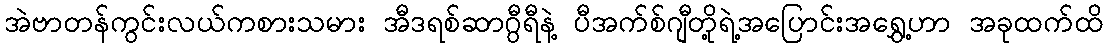
အဲဗာတန်ကွင်းလယ်ကစားသမား အီဒရစ်ဆာဂွီရီနဲ့ ပီအက်စ်ဂျီတို့ရဲ့အပြောင်းအရွှေ့ဟာ အခုထက်ထိ